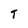
Character: T